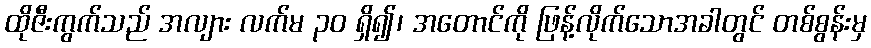
ထိုဇီးကွက်သည် အလျား လက်မ ၃၀ ရှိ၍၊ အတောင်ကို ဖြန့်လိုက်သောအခါတွင် တစ်စွန်းမှ